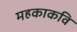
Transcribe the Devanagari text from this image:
महकाकवि